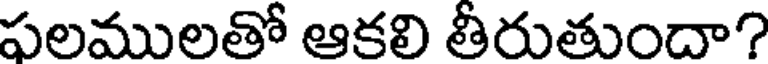
పలములతో ఆకలి తీరుతుందా?